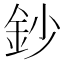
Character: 鈔